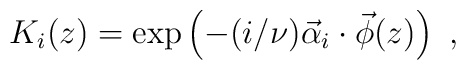
K_i(z)=\exp\left(-(i/\nu)\vec{\alpha}_i\cdot\vec{\phi}(z)\right)~,